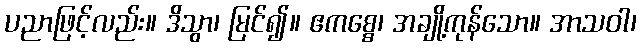
ပညာဖြင့်လည်း။ ဒိသွာ၊ မြင်၍။ ဧကစ္စေ၊ အချို့ကုန်သော။ အာသဝါ၊